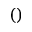
( )